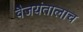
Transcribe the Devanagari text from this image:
वैजयंतालाच